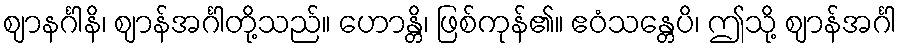
ဈာနင်္ဂါနိ၊ ဈာန်အင်္ဂါတို့သည်။ ဟောန္တိ၊ ဖြစ်ကုန်၏။ ဧဝံသန္တေပိ၊ ဤသို့ ဈာန်အင်္ဂါ